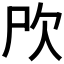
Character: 𣢁